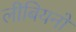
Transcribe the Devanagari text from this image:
लीबियनों